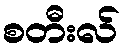
စတီးလ်